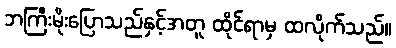
ဘကြီးမိုးပြောသည်နှင့်အတူ ထိုင်ရာမှ ထလိုက်သည်။